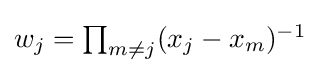
{\textstyle w_{j}=\prod _{m\neq j}(x_{j}-x_{m})^{-1}}